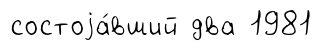
состоjа́вший два 1981